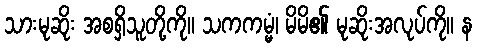
သားမုဆိုး အစရှိသူတို့ကို။ သကကမ္မံ၊ မိမိ၏ မုဆိုးအလုပ်ကို။ န